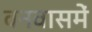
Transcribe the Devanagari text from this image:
वनवासमें